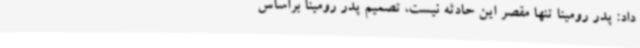
داد: پدر رومینا تنها مقصر این حادثه نیست، تصمیم پدر رومینا براساس